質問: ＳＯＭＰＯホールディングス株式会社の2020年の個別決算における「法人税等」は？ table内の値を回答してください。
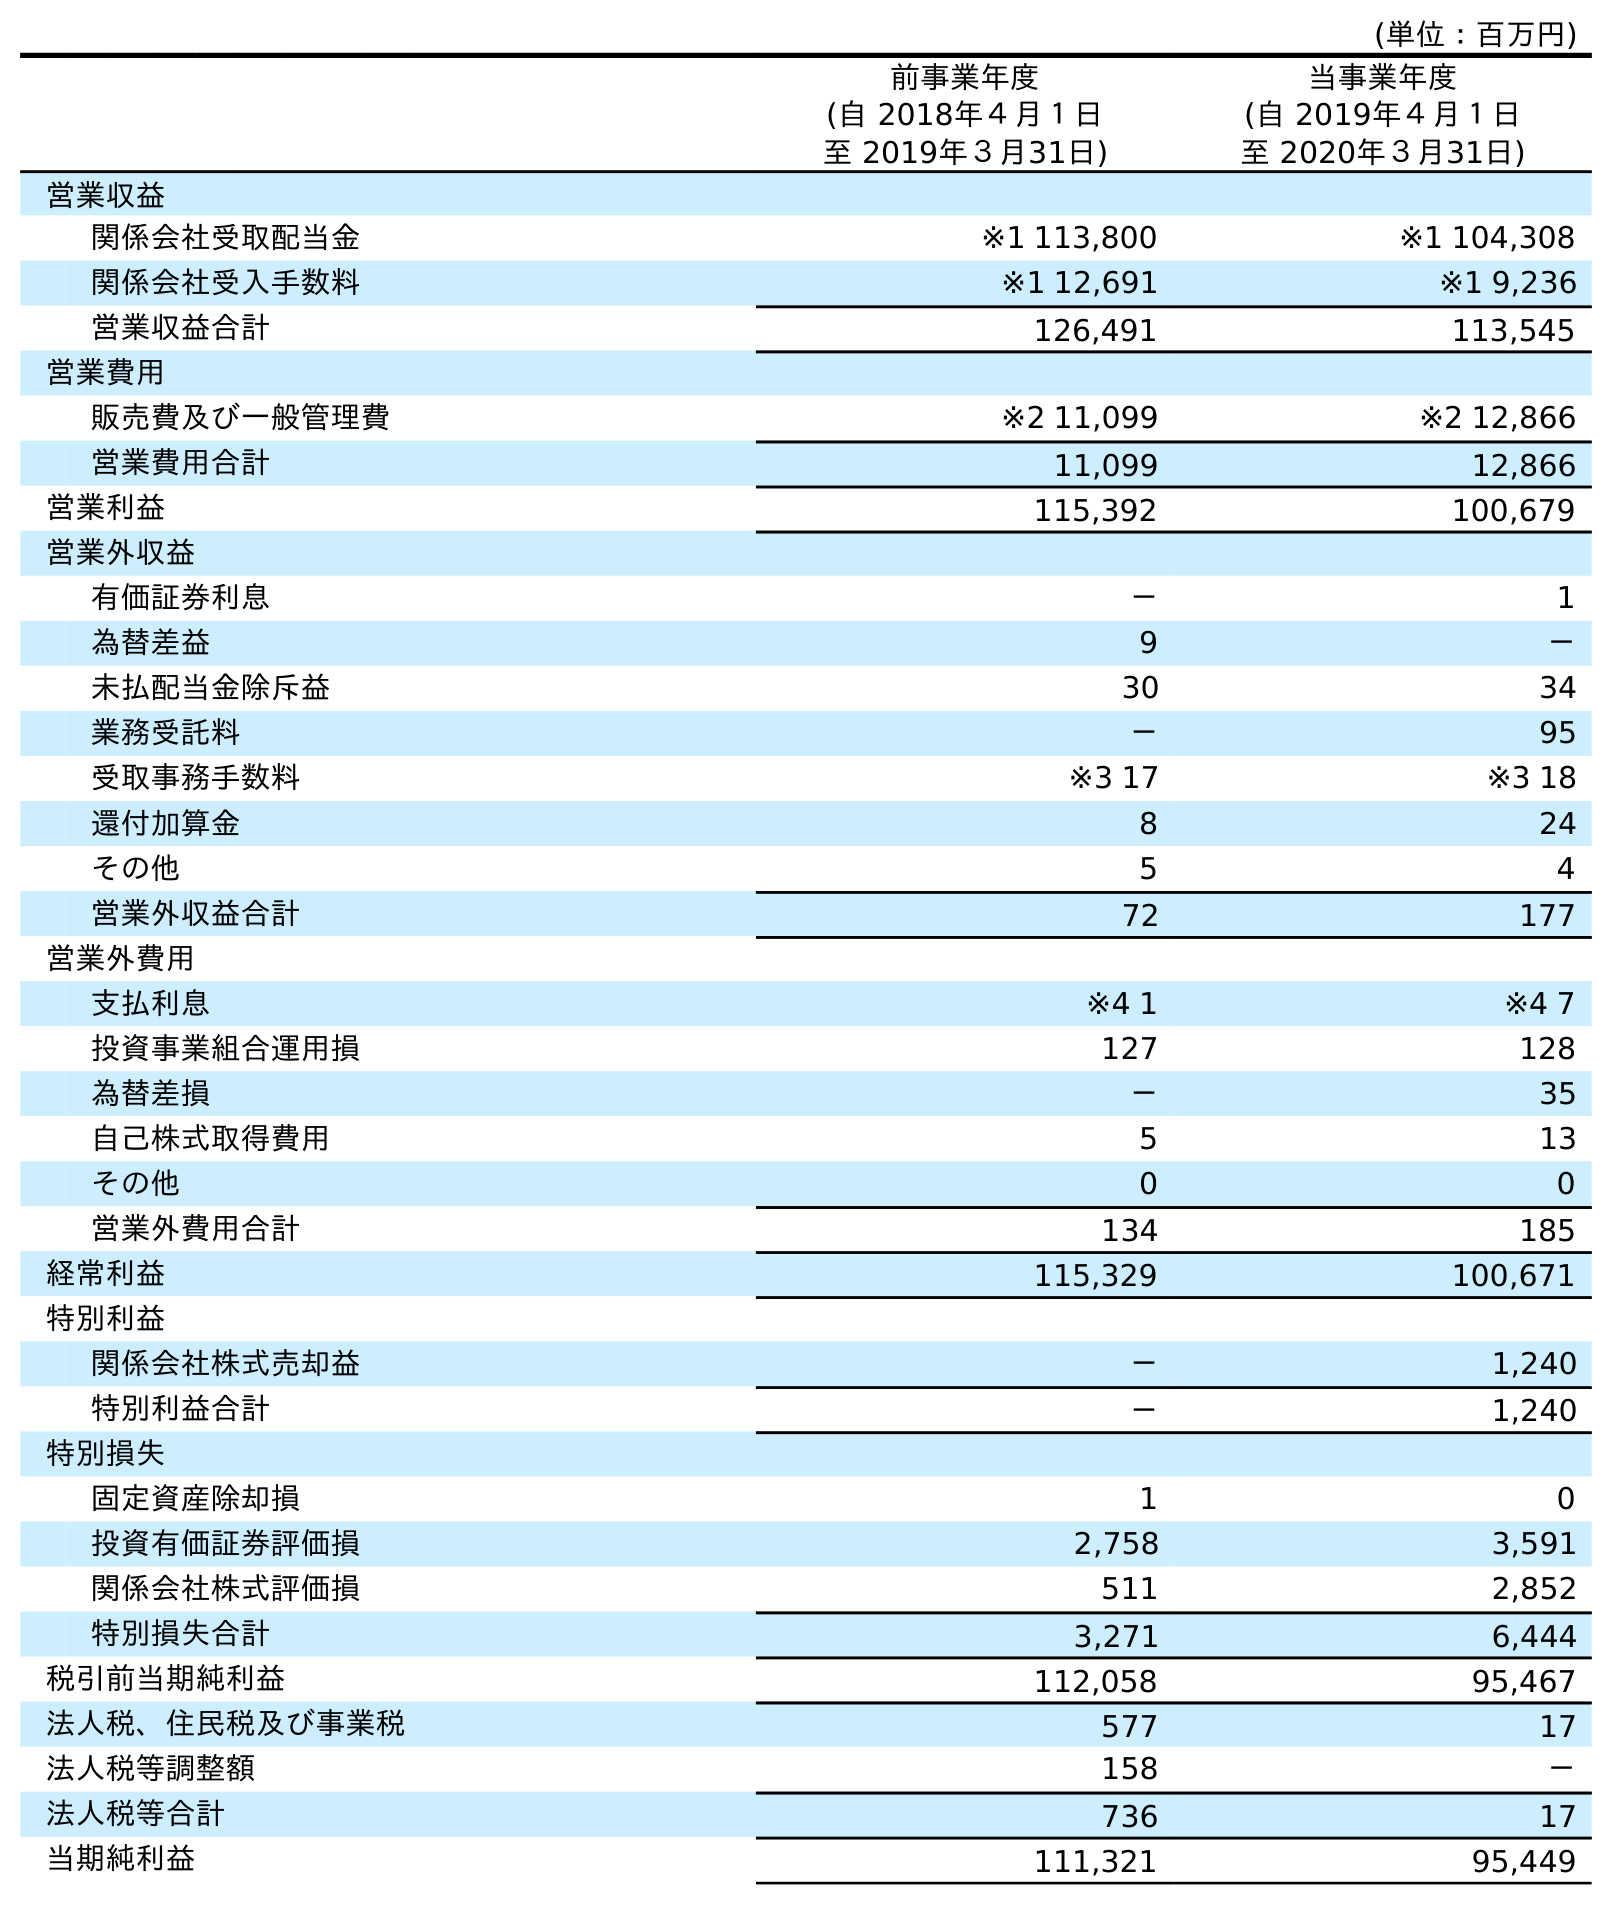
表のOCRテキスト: (単位：百万円) 前事業年度 (自 2018年４月１日 至 2019年３月31日) 当事業年度 (自 2019年４月１日 至 2020年３月31日) 営業収益 関係会社受取配当金 ※1 113,800 ※1 104,308 関係会社受入手数料 ※1 12,691 ※1 9,236 営業収益合計 126,491 113,545 営業費用 販売費及び一般管理費 ※2 11,099 ※2 12,866 営業費用合計 11,099 12,866 営業利益 115,392 100,679 営業外収益 有価証券利息 － 1 為替差益 9 － 未払配当金除斥益 30 34 業務受託料 － 95 受取事務手数料 ※3 17 ※3 18 還付加算金 8 24 その他 5 4 営業外収益合計 72 177 営業外費用 支払利息 ※4 1 ※4 7 投資事業組合運用損 127 128 為替差損 － 35 自己株式取得費用 5 13 その他 0 0 営業外費用合計 134 185 経常利益 115,329 100,671 特別利益 関係会社株式売却益 － 1,240 特別利益合計 － 1,240 特別損失 固定資産除却損 1 0 投資有価証券評価損 2,758 3,591 関係会社株式評価損 511 2,852 特別損失合計 3,271 6,444 税引前当期純利益 112,058 95,467 法人税、住民税及び事業税 577 17 法人税等調整額 158 － 法人税等合計 736 17 当期純利益 111,321 95,449
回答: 17